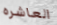
العاشره